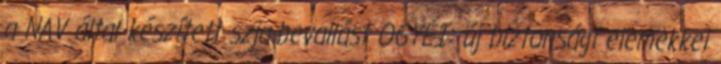
a NAV által készített szja-bevallást OGYÉI: új biztonsági elemekkel